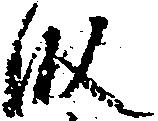
段